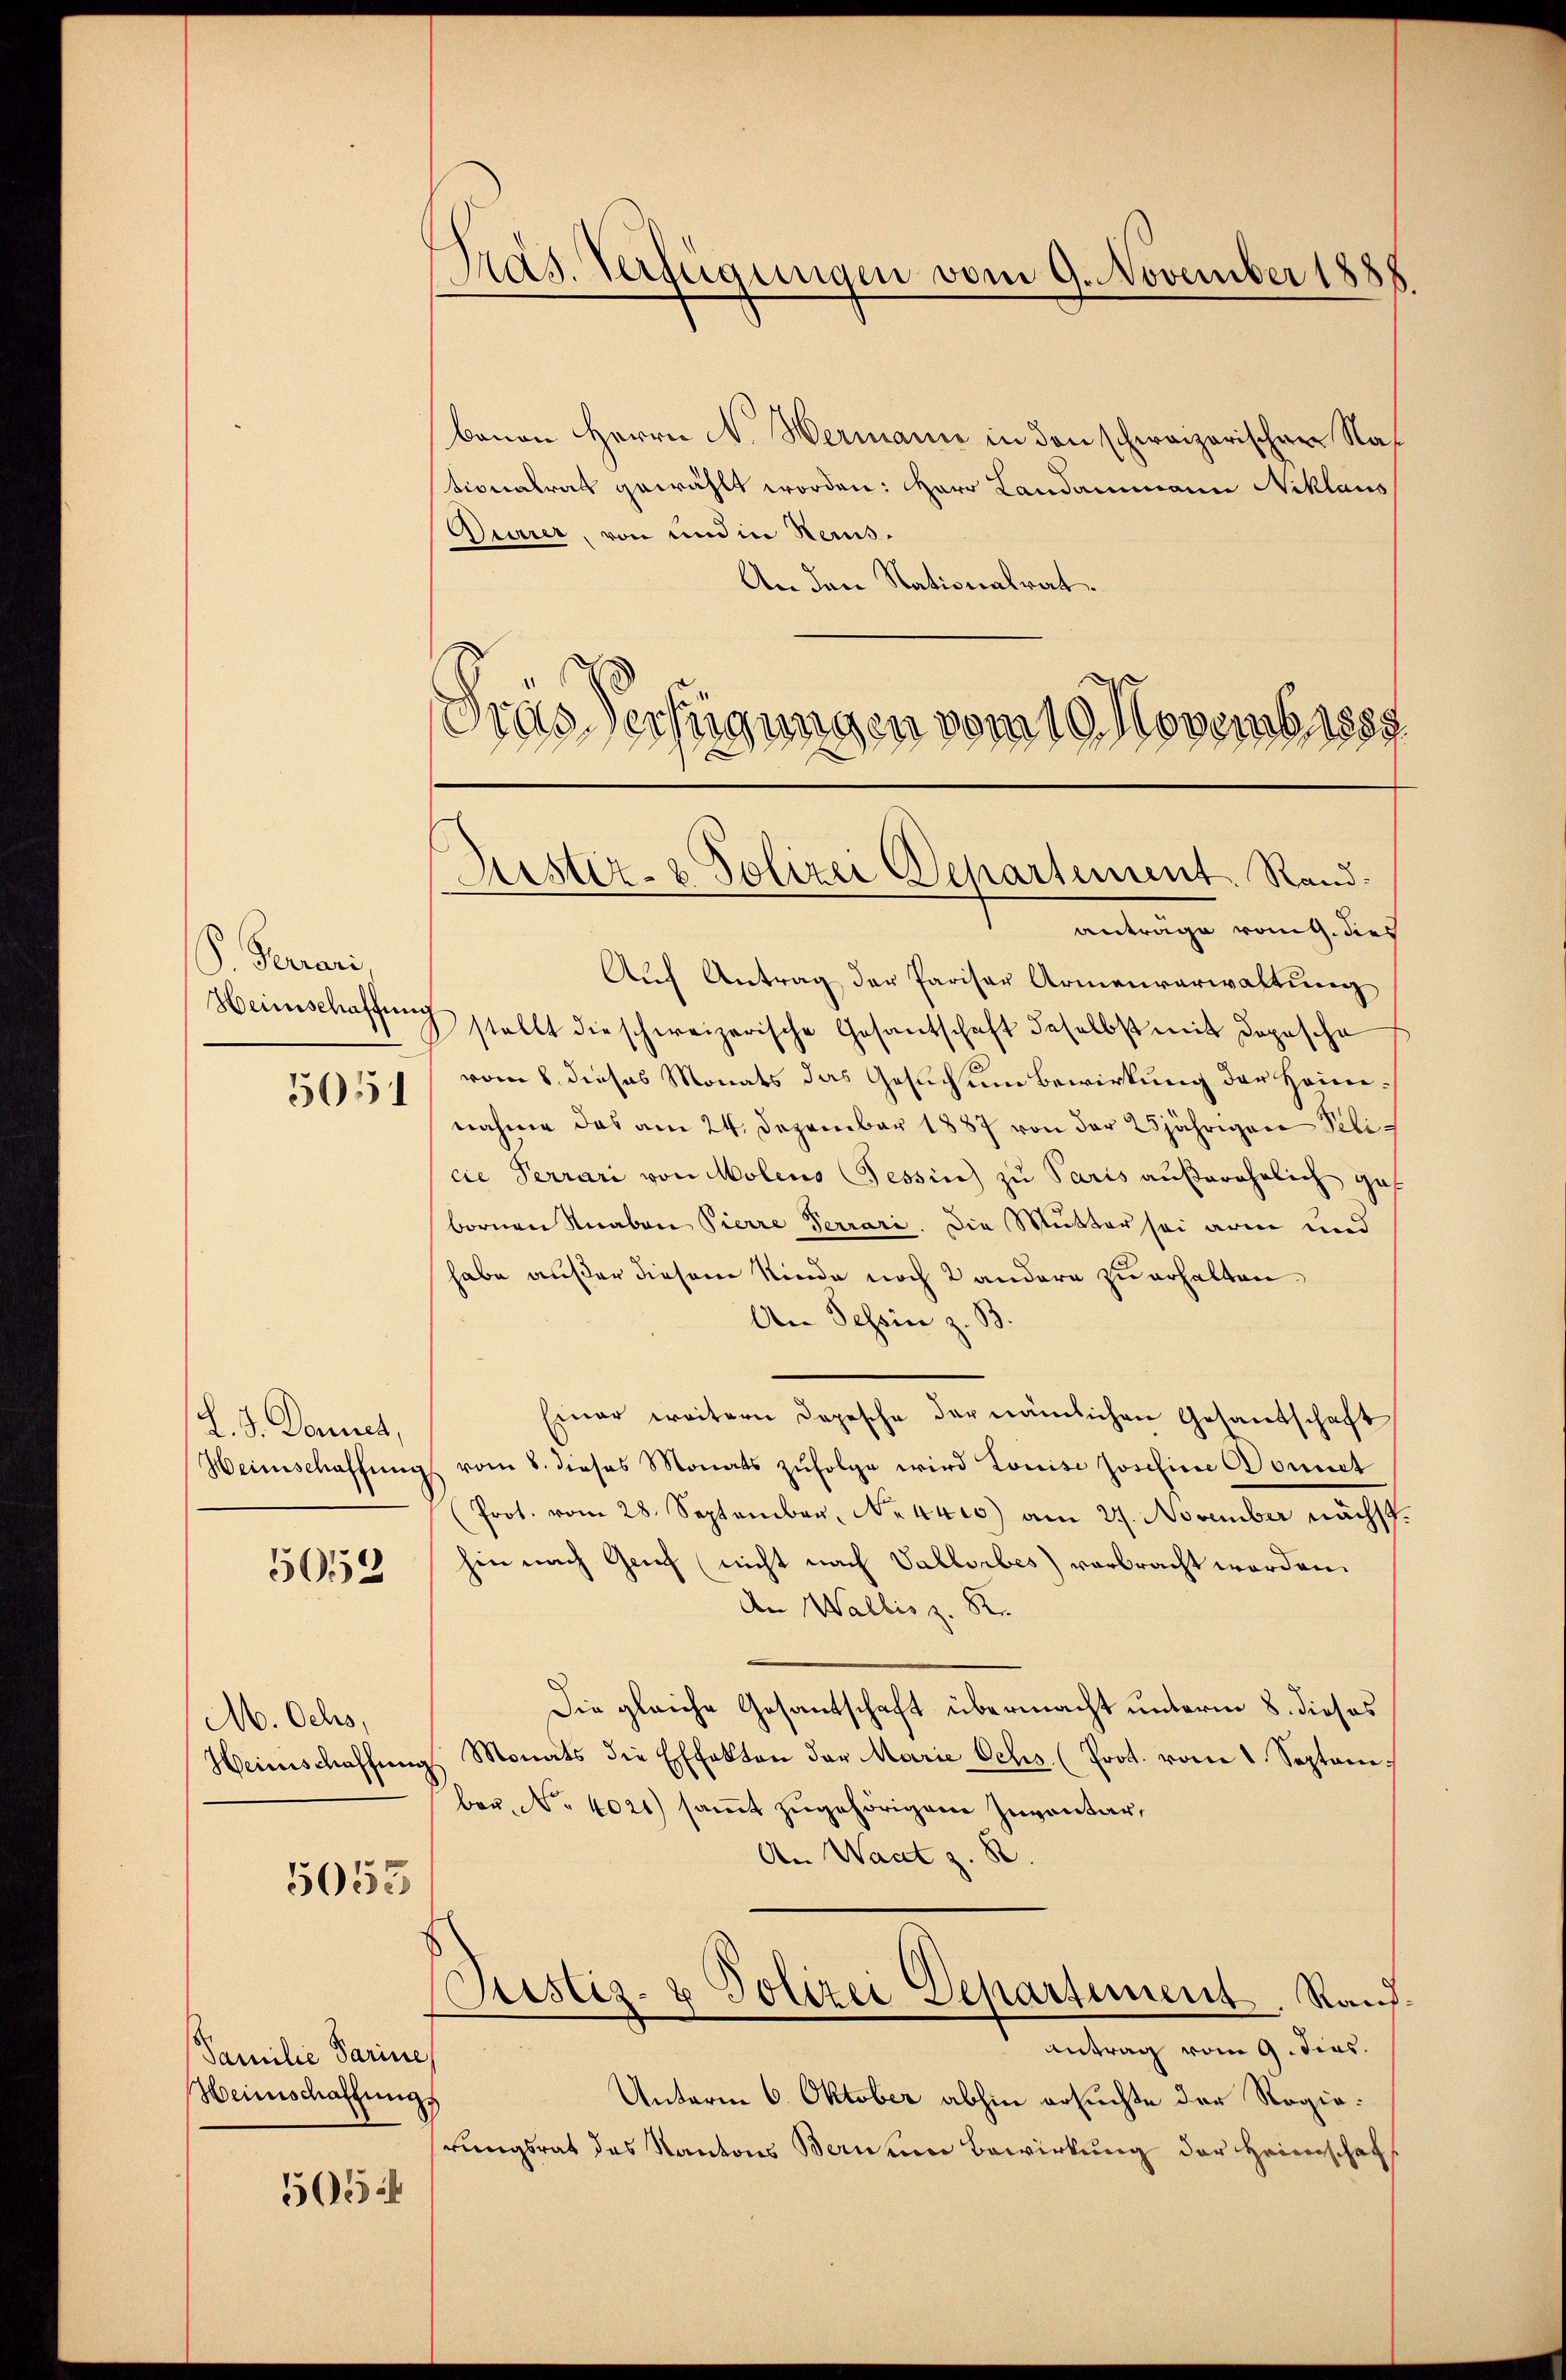
P. Ferrari
Heimschaffung
5051

L.S. Donnet,

5052

M. Ochs,
Heinschaffen

5053

Familie darine
Weinschaffung

505

Präs. Verfügungen vom 9. November 1888

benen Herrn N. Wermann in den schweizerischen Nationalrat gewählt worden: Herr Landammann Niklaus
Diarrer, von und in Reins.
An den Nationalrat
Gras Verfügungen vom 19. Novemb. 1887

Justiz- & Polizei Departement. Rand.

antrage von dies
Auf Antrag der Pariser Armenverwaltung
stellt die schweizerische Gesantschaft daselbst mit doposche
vom 8. dieses Monats das Gesuch um Bewirkung der Heimnahme das am 24. Dezember 1887 von der 25jährigen Pelicie Terrari von Molens Tessin zŭ Paris aŭβerehelich ges
bornen Knaben Pierre Terrari. Die Mutter sei arm und
habe außer diesem Kinde noch 2 andere zu erhalten.
An Tessin z. B.
Einer weitern Depesche der nämlichen Gesandschaft
Heimschaffŭng vom 8. dieses Monats zŭfolge wird Louise Josefine Wonnet
Prot. vom 28. September, Neures) am 29. November nächst
hin nach Grief (nicht nach Vallorbes verbracht worden.
An Wallis z. 82.
Die gleiche Gesantschaft übermacht unterm 8. dieses
Monats die Effekten der Marie Ochs (Prot. vom 1. September. No 4021) samt zugehörigen Inventar,
An Waat z. B
Justiz- & Polizei Separtiment. Rand.
Antrag vom 9. dies
Unterm 6. Oktober abhin ersuchte der Regiehrungsrat des Kantons Bernem Bewirkung der Heimschaft